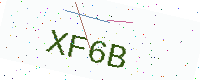
Text: XF6B